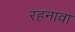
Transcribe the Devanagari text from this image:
रहनावा